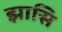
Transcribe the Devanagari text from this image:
झासि